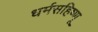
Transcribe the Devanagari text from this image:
धर्मसहिष्णू